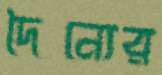
দৈন্যের